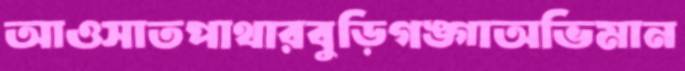
আওসাতপাথারবুড়িগঙ্গাঅভিমান